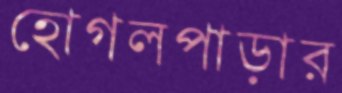
হোগলপাড়ার